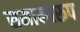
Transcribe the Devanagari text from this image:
समान्यरूप